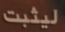
ليثبت